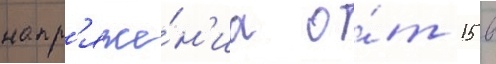
напр'яже́н'иа о́т 15 в